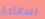
بسعادة